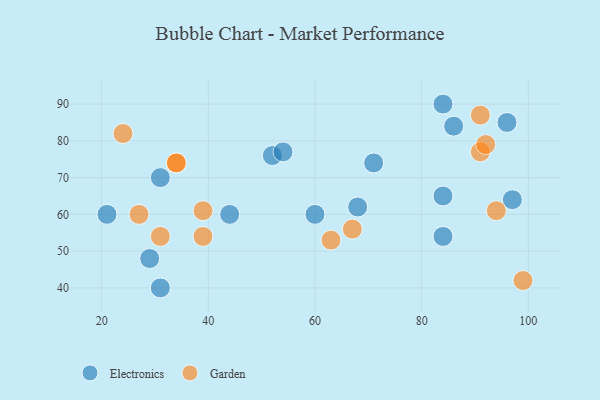
{"axis": {"x": "GDP", "y": "Life Expectancy"}, "legend": ["Electronics", "Garden"], "data": [{"x": "31", "y": 70, "type": "Electronics"}, {"x": "52", "y": 76, "type": "Electronics"}, {"x": "84", "y": 90, "type": "Electronics"}, {"x": "21", "y": 60, "type": "Electronics"}, {"x": "31", "y": 40, "type": "Electronics"}, {"x": "68", "y": 62, "type": "Electronics"}, {"x": "71", "y": 74, "type": "Electronics"}, {"x": "60", "y": 60, "type": "Electronics"}, {"x": "97", "y": 64, "type": "Electronics"}, {"x": "84", "y": 54, "type": "Electronics"}, {"x": "84", "y": 65, "type": "Electronics"}, {"x": "44", "y": 60, "type": "Electronics"}, {"x": "86", "y": 84, "type": "Electronics"}, {"x": "29", "y": 48, "type": "Electronics"}, {"x": "96", "y": 85, "type": "Electronics"}, {"x": "54", "y": 77, "type": "Electronics"}, {"x": "99", "y": 42, "type": "Garden"}, {"x": "91", "y": 87, "type": "Garden"}, {"x": "94", "y": 61, "type": "Garden"}, {"x": "27", "y": 60, "type": "Garden"}, {"x": "91", "y": 77, "type": "Garden"}, {"x": "92", "y": 79, "type": "Garden"}, {"x": "24", "y": 82, "type": "Garden"}, {"x": "31", "y": 54, "type": "Garden"}, {"x": "34", "y": 74, "type": "Garden"}, {"x": "34", "y": 74, "type": "Garden"}, {"x": "39", "y": 61, "type": "Garden"}, {"x": "63", "y": 53, "type": "Garden"}, {"x": "39", "y": 54, "type": "Garden"}, {"x": "67", "y": 56, "type": "Garden"}]}